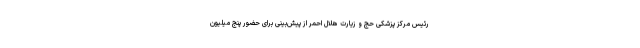
رئیس مرکز پزشکی حج و زیارت هلال احمر از پیش‌بینی برای حضور پنج میلیون